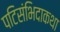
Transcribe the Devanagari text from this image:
पटिसंभिदाकथा